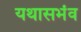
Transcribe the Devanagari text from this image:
यथासभंव